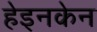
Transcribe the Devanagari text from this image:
हेइनकेन